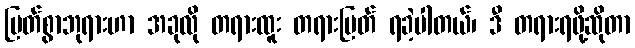
မြတ်စွာဘုရားဟာ အခုလို တရားထူး တရားမြတ် ရခဲ့ပါတယ်၊ ဒီ တရားရဖို့ဆိုတာ